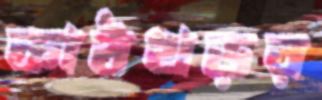
কাঠখড়র